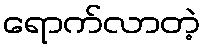
ရောက်လာတဲ့